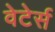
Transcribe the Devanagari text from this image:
वेटेर्स